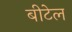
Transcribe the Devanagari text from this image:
बीटेल